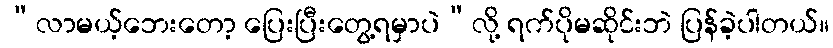
“လာမယ့်ဘေးတော့ ပြေးပြီးတွေ့ရမှာပဲ”လို့ ရက်ပိုမဆိုင်းဘဲ ပြန်ခဲ့ပါတယ်။